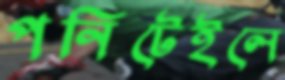
পনিটেইলে